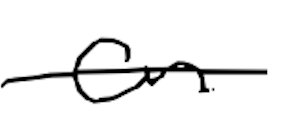
Text: on
Cross-out: single-line
Writing tool: digital_black